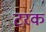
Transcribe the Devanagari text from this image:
टरंक